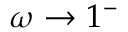
\omega \rightarrow 1 ^ { - }